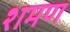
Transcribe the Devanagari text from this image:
शमण